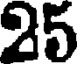
25